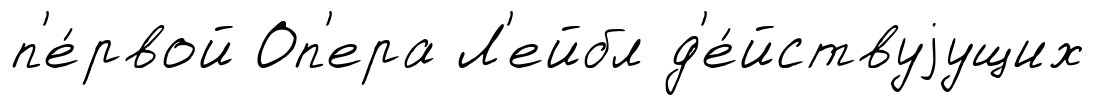
п'е́рвой Оп'ера Л'ейбл д'е́йствуjущих